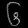
Digit: ၆